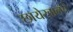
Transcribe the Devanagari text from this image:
छायेखालचे